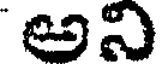
అని